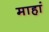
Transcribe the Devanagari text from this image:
माहां